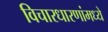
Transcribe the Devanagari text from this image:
विचारधारणांमध्ये